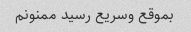
بموقع وسریع رسید ممنونم